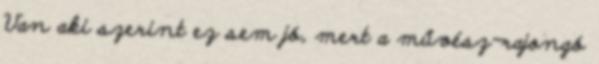
Van aki szerint ez sem jó, mert a művész-rajongó